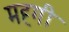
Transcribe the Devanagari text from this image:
मह्गी